Vaccine operations Central Provinces & Berar 1912-1920 - 1912-1920
Year: 1912
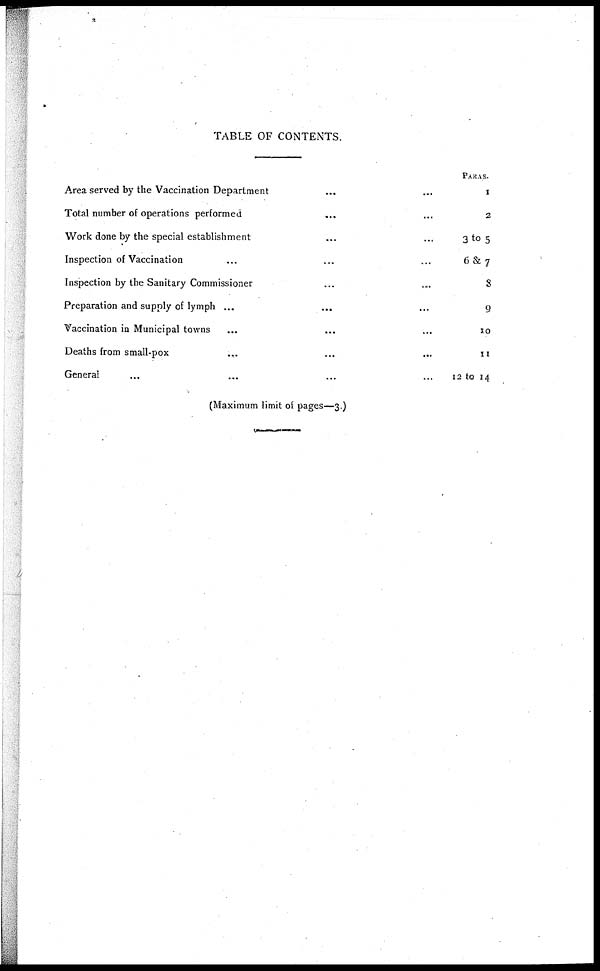
TABLE OF CONTENTS.
Area served by the Vaccination Department... ...
Total number of operations performed... ... ...
Work done by the special establishment... ... ...
Inspection of Vaccination... ... ...
Inspection by the Sanitary Commissioner... ... ...
Preparation and supply of lymph... ... ...
Vaccination in Municipal towns... ... ...
Deaths from small-pox... ... ...
General... ... ... ...
PARAS.
1
2
3 to 5
6& 7
8
9
10
11
12 to 14
(Maximum limit of pages—3.)